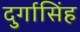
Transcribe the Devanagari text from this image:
दुर्गासिंह